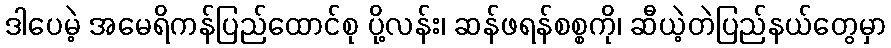
ဒါပေမဲ့ အမေရိကန်ပြည်ထောင်စု ပို့လန်း၊ ဆန်ဖရန်စစ္စကို၊ ဆီယဲ့တဲပြည်နယ်တွေမှာ